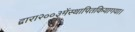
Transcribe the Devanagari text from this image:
द्वारा२००३मेंस्थापितकियागया।